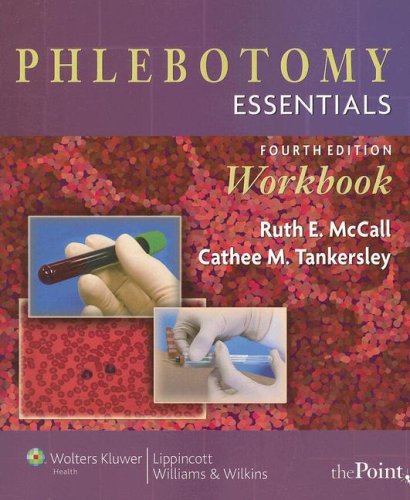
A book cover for Phlebotomy Essentials Workbook; Ruth E. McCall BS  MT(ASCP); Medical Books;